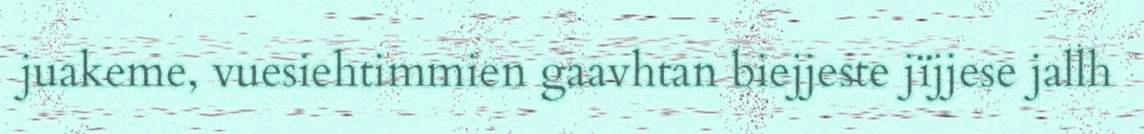
juakeme, vuesiehtimmien gaavhtan biejjeste jïjjese jallh